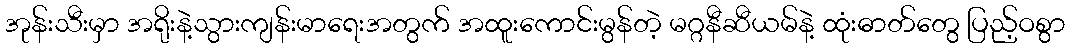
အုန်းသီးမှာ အရိုးနဲ့သွားကျန်းမာရေးအတွက် အထူးကောင်းမွန်တဲ့ မဂ္ဂနီဆီယမ်နဲ့ ထုံးဓာတ်တွေ ပြည့်ဝစွာ